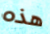
هذه